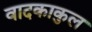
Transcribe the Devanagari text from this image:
वादकाकुल